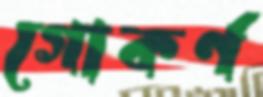
গোকর্ণ